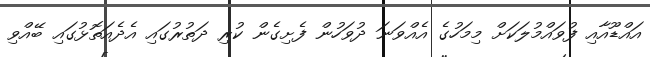
އައްޑޫއާއި ފުވައްމުލަކަށް މިމަހުގެ އެއްވަނަ ދުވަހުން ފެށިގެން ކުރި ދަތުރުގައި އެދެއަތޮޅުގައި ބޭއްވި